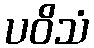
ပဝိသံ